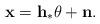
LaTeX: \begin{align*}\mathbf{x}=\mathbf{h}_\ast\theta+\mathbf{n}.\end{align*}